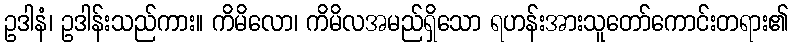
ဥဒါနံ၊ ဥဒါန်းသည်ကား။ ကိမိလော၊ ကိမိလအမည်ရှိသော ရဟန်းအားသူတော်ကောင်းတရား၏